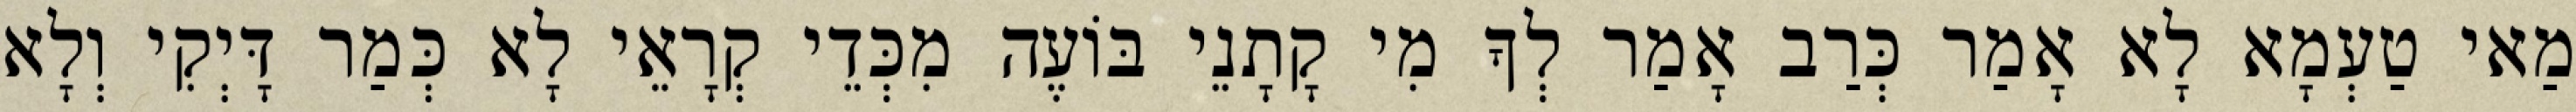
מַאי טַעְמָא לָא אָמַר כְּרַב אָמַר לְךָ מִי קָתָנֵי בּוֹעֶה מִכְּדֵי קְרָאֵי לָא כְּמַר דָּיְקִי וְלָא